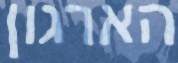
הארגון